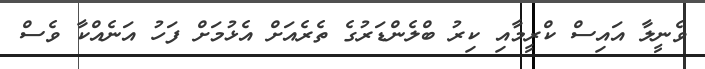
ވެނީލާ އައިސް ކްރީމާއި ކިރު ބްލެންޑަރުގެ ތެރެއަށް އެޅުމަށް ފަހު އަނެއްކާ ވެސް